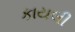
કાયલી